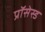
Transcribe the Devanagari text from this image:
प्रॉसेस्ड